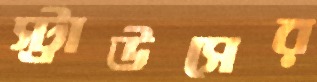
স্ট্রাউসের